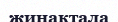
жинактала